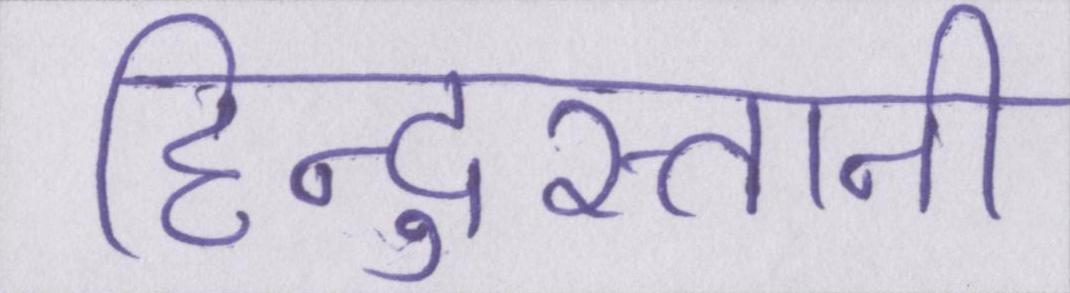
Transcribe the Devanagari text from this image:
हिन्दुस्तानी